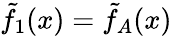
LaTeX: \tilde{f}_{1}(x)=\tilde{f}_{A}(x)